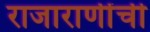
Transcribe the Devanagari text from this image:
राजाराणींची